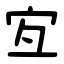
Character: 宐